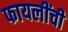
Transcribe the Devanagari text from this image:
फायलींची